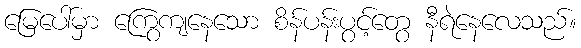
မြေပေါ်မှာ ကြွေကျနေသော စိန်ပန်းပွင့်တွေ နီရဲနေလေသည်။